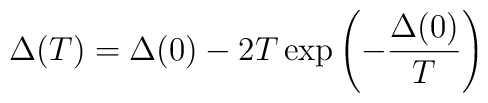
\Delta(T) =  \Delta(0) -2 T\exp \left(- \frac{\Delta(0)}{T}\right)